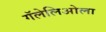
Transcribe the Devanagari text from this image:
गॅलेलिओला